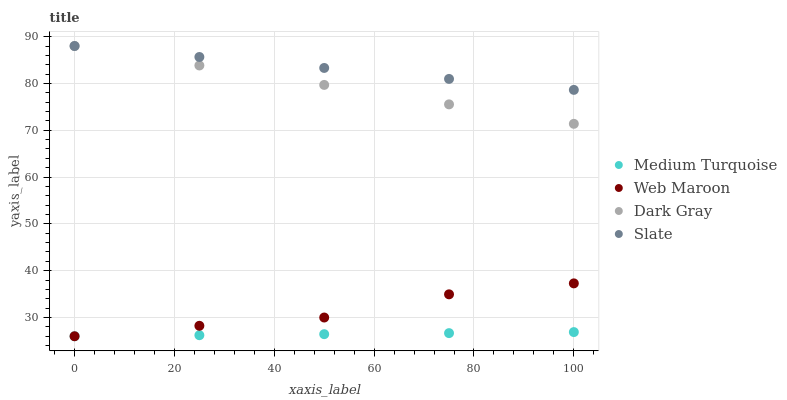
| xaxis_label | Medium Turquoise | Web Maroon | Dark Gray | Slate |
 | --- | --- | --- | --- | --- |
 | 0 | 26 | 26 | 88 | 88 |
 | 25 | 26.2 | 28.2 | 83.8 | 85.7 |
 | 50 | 26.4 | 30 | 79.7 | 83.3 |
 | 75 | 26.7 | 35 | 75.5 | 81 |
 | 100 | 26.9 | 37.3 | 71.4 | 78.6 |